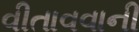
વીતાવવાની